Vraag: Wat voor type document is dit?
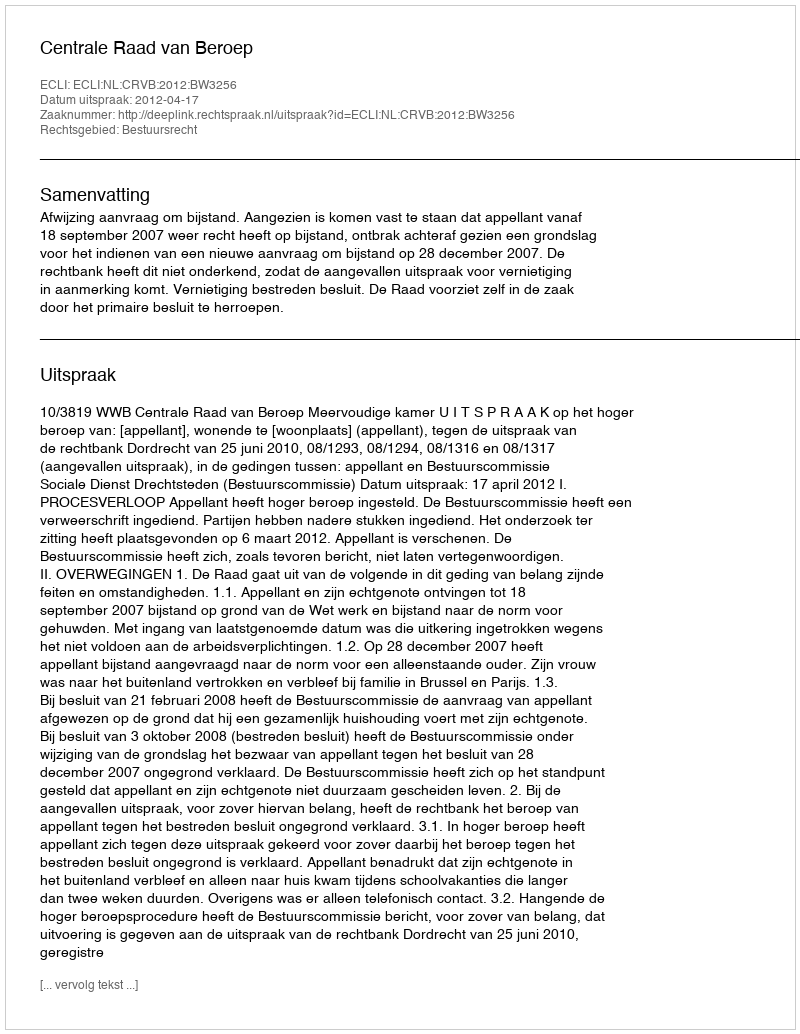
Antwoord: Uitspraak